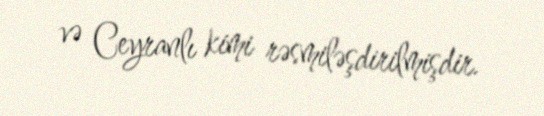
və Ceyranlı kimi rəsmiləşdirilmişdir.